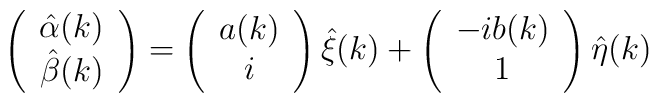
\left( \begin{array}{c} \hat{\alpha}(k) \\ \hat{\beta}(k) \end{array} \right)= \left( \begin{array}{c} {a}(k) \\ i \end{array} \right) \hat{\xi}(k) + \left( \begin{array}{c} -i {b}(k) \\ 1 \end{array} \right) \hat{\eta}(k)